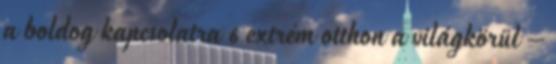
a boldog kapcsolatra 6 extrém otthon a világkörül –